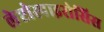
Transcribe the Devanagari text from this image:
लेप्टोस्पाइरोसिस